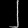
Digit: ၂